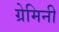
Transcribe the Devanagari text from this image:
ग्रेमिनी